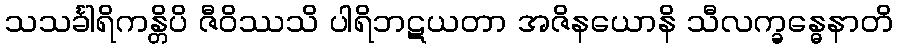
သသင်္ခါရိကန္တိပိ ဇီဝိဿသိ ပါရိဘဋယတာ အဇိနယောနိ သီလက္ခန္ဓေနာတိ